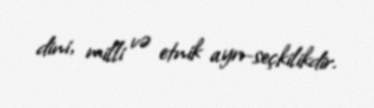
dini, milli və etnik ayrı-seçkilikdir.